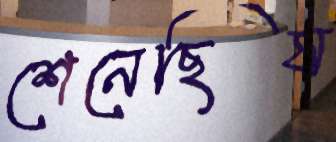
শেনেছিস